Senior Leaving Certificate Examination (including Day School Certificate (Higher) General paper), 1948
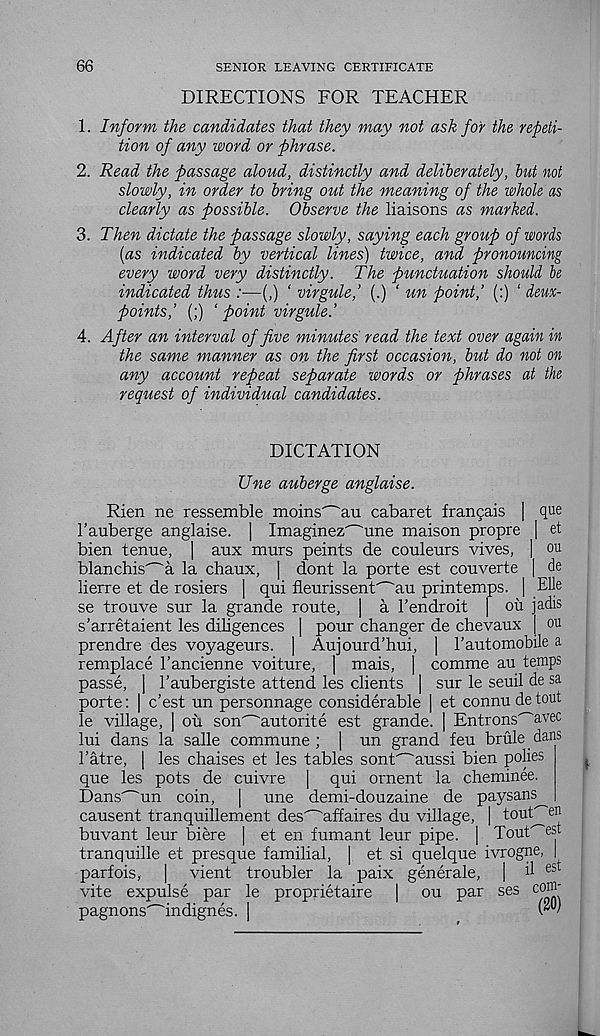
66
SENIOR LEAVING CERTIFICATE
DIRECTIONS FOR TEACHER
1. Inform the candidates that they may not ask for the repeti-
tion of any word or phrase.
2. Read the passage aloud, distinctly and deliberately, but not
slowly, in order to bring out the meaning of the whole as
clearly as possible. Observe the liaisons as marked.
3. Then dictate the passage slowly, saying each group of words
(as indicated by vertical lines) twice, and pronouncing
every word very distinctly. The punctuation should be
indicated thus :■—(,) ‘ virgule,’ (.) ‘ un point,’ (:) ‘ deux-
points,’ (;) ‘ point virgule.’
4. After an interval of five minutes read the text over again in
the same manner as on the first occasion, but do not on
any account repeat separate words or phrases at the
request of individual candidates.
DICTATION
Une auberge anglaise.
Rien ne ressemble moins^au cabaret francais | que
1’auberge anglaise. | Imaginez^une maison propre | et
bien tenne, | aux murs peints de couleurs vives, | ou
blanchis'~a la chaux, | dont la porte est couverte | de
lierre et de rosiers | qui fleurissent'^au printemps. | Elle
se trouve sur la grande route, | a 1’endroit | ou jadis
s’arretaient les diligences | pour changer de chevaux [ ou
prendre des voyageurs. | Aujourd’hui, | Fautomobile a
remplace 1’ancienne voiture, | mais, | comme au temps
passe, j 1’aubergiste attend les clients | sur le seuil de sa
porte: | c’est un personnage considerable | et connu de tout
le village, | ou son'~"autorite est grande. | Entrons avec
lui dans la salle commune ; | un grand feu brule dans
1’atre, | les chaises et les tables sonf^aussi bien polies
que les pots de cuivre | qui ornent la cheminee.
Dans^un coin,
| une demi-douzaine de paysans
causent tranquillement des^affaires du village, | toub^en
buvant leur biere ] et en fumant leur pipe. | Tout^est
tranquille et presque familial, ] et si quelque ivrogne, |
parfois, ] vient troubler la paix generale, | d est
vite expulse par le proprietaire | ou par ses com-
pagnons^indignes. j